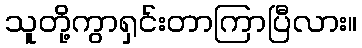
သူတို့ကွာရှင်းတာကြာပြီလား။